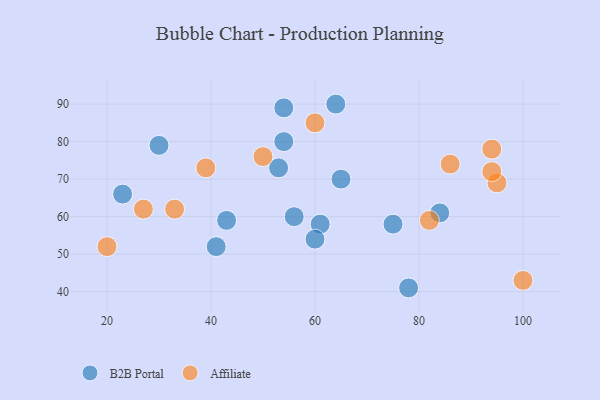
{"axis": {"x": "GDP", "y": "Life Expectancy"}, "legend": ["Affiliate", "B2B Portal"], "data": [{"x": "54", "y": 89, "type": "B2B Portal"}, {"x": "53", "y": 73, "type": "B2B Portal"}, {"x": "75", "y": 58, "type": "B2B Portal"}, {"x": "41", "y": 52, "type": "B2B Portal"}, {"x": "30", "y": 79, "type": "B2B Portal"}, {"x": "64", "y": 90, "type": "B2B Portal"}, {"x": "84", "y": 61, "type": "B2B Portal"}, {"x": "54", "y": 80, "type": "B2B Portal"}, {"x": "61", "y": 58, "type": "B2B Portal"}, {"x": "65", "y": 70, "type": "B2B Portal"}, {"x": "56", "y": 60, "type": "B2B Portal"}, {"x": "78", "y": 41, "type": "B2B Portal"}, {"x": "43", "y": 59, "type": "B2B Portal"}, {"x": "60", "y": 54, "type": "B2B Portal"}, {"x": "23", "y": 66, "type": "B2B Portal"}, {"x": "27", "y": 62, "type": "Affiliate"}, {"x": "20", "y": 52, "type": "Affiliate"}, {"x": "39", "y": 73, "type": "Affiliate"}, {"x": "60", "y": 85, "type": "Affiliate"}, {"x": "95", "y": 69, "type": "Affiliate"}, {"x": "50", "y": 76, "type": "Affiliate"}, {"x": "33", "y": 62, "type": "Affiliate"}, {"x": "94", "y": 72, "type": "Affiliate"}, {"x": "100", "y": 43, "type": "Affiliate"}, {"x": "86", "y": 74, "type": "Affiliate"}, {"x": "94", "y": 78, "type": "Affiliate"}, {"x": "82", "y": 59, "type": "Affiliate"}]}